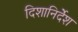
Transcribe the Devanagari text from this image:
दिशानिर्देंश